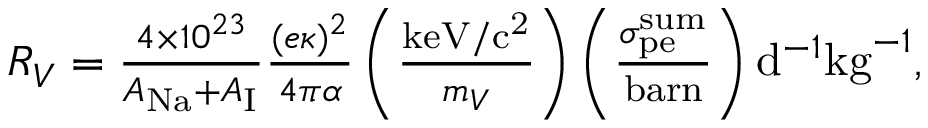
\begin{array} { r } { R _ { V } = \frac { 4 \times 1 0 ^ { 2 3 } } { A _ { \mathrm { N a } } + A _ { \mathrm { I } } } \frac { ( e \kappa ) ^ { 2 } } { 4 \pi \alpha } \left( \frac { \mathrm { k e V / c ^ { 2 } } } { m _ { V } } \right) \left( \frac { \sigma _ { \mathrm { p e } } ^ { \mathrm { s u m } } } { \mathrm { b a r n } } \right) \mathrm { d } ^ { - 1 } \mathrm { k g } ^ { - 1 } , } \end{array}